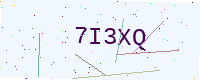
Text: 7I3XQ